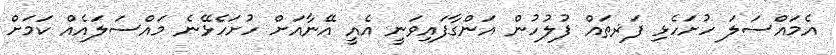
އެމައްސަލަ ހުށަހެޅި ފަަޜތައް ފުލުހުން އަންގާފައިވަނީ އެއީ އޭނާއަށް ހުށަހެޅޭނެ މައްސަލައެއް ކަމަށް